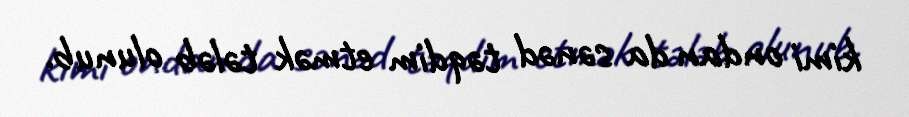
kimi ondan da sənəd təqdim etmək tələb olunub.